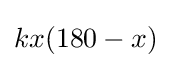
kx(180-x)